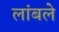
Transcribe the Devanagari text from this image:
लांबले